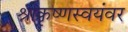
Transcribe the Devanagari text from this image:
श्रीकृष्णस्वयंवर